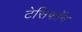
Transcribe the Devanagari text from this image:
टेसिफॉन